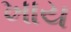
ખાય